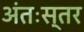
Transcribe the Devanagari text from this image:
अंतःस्तर